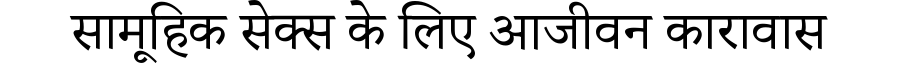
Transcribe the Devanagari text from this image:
सामूहिक सेक्स के लिए आजीवन कारावास